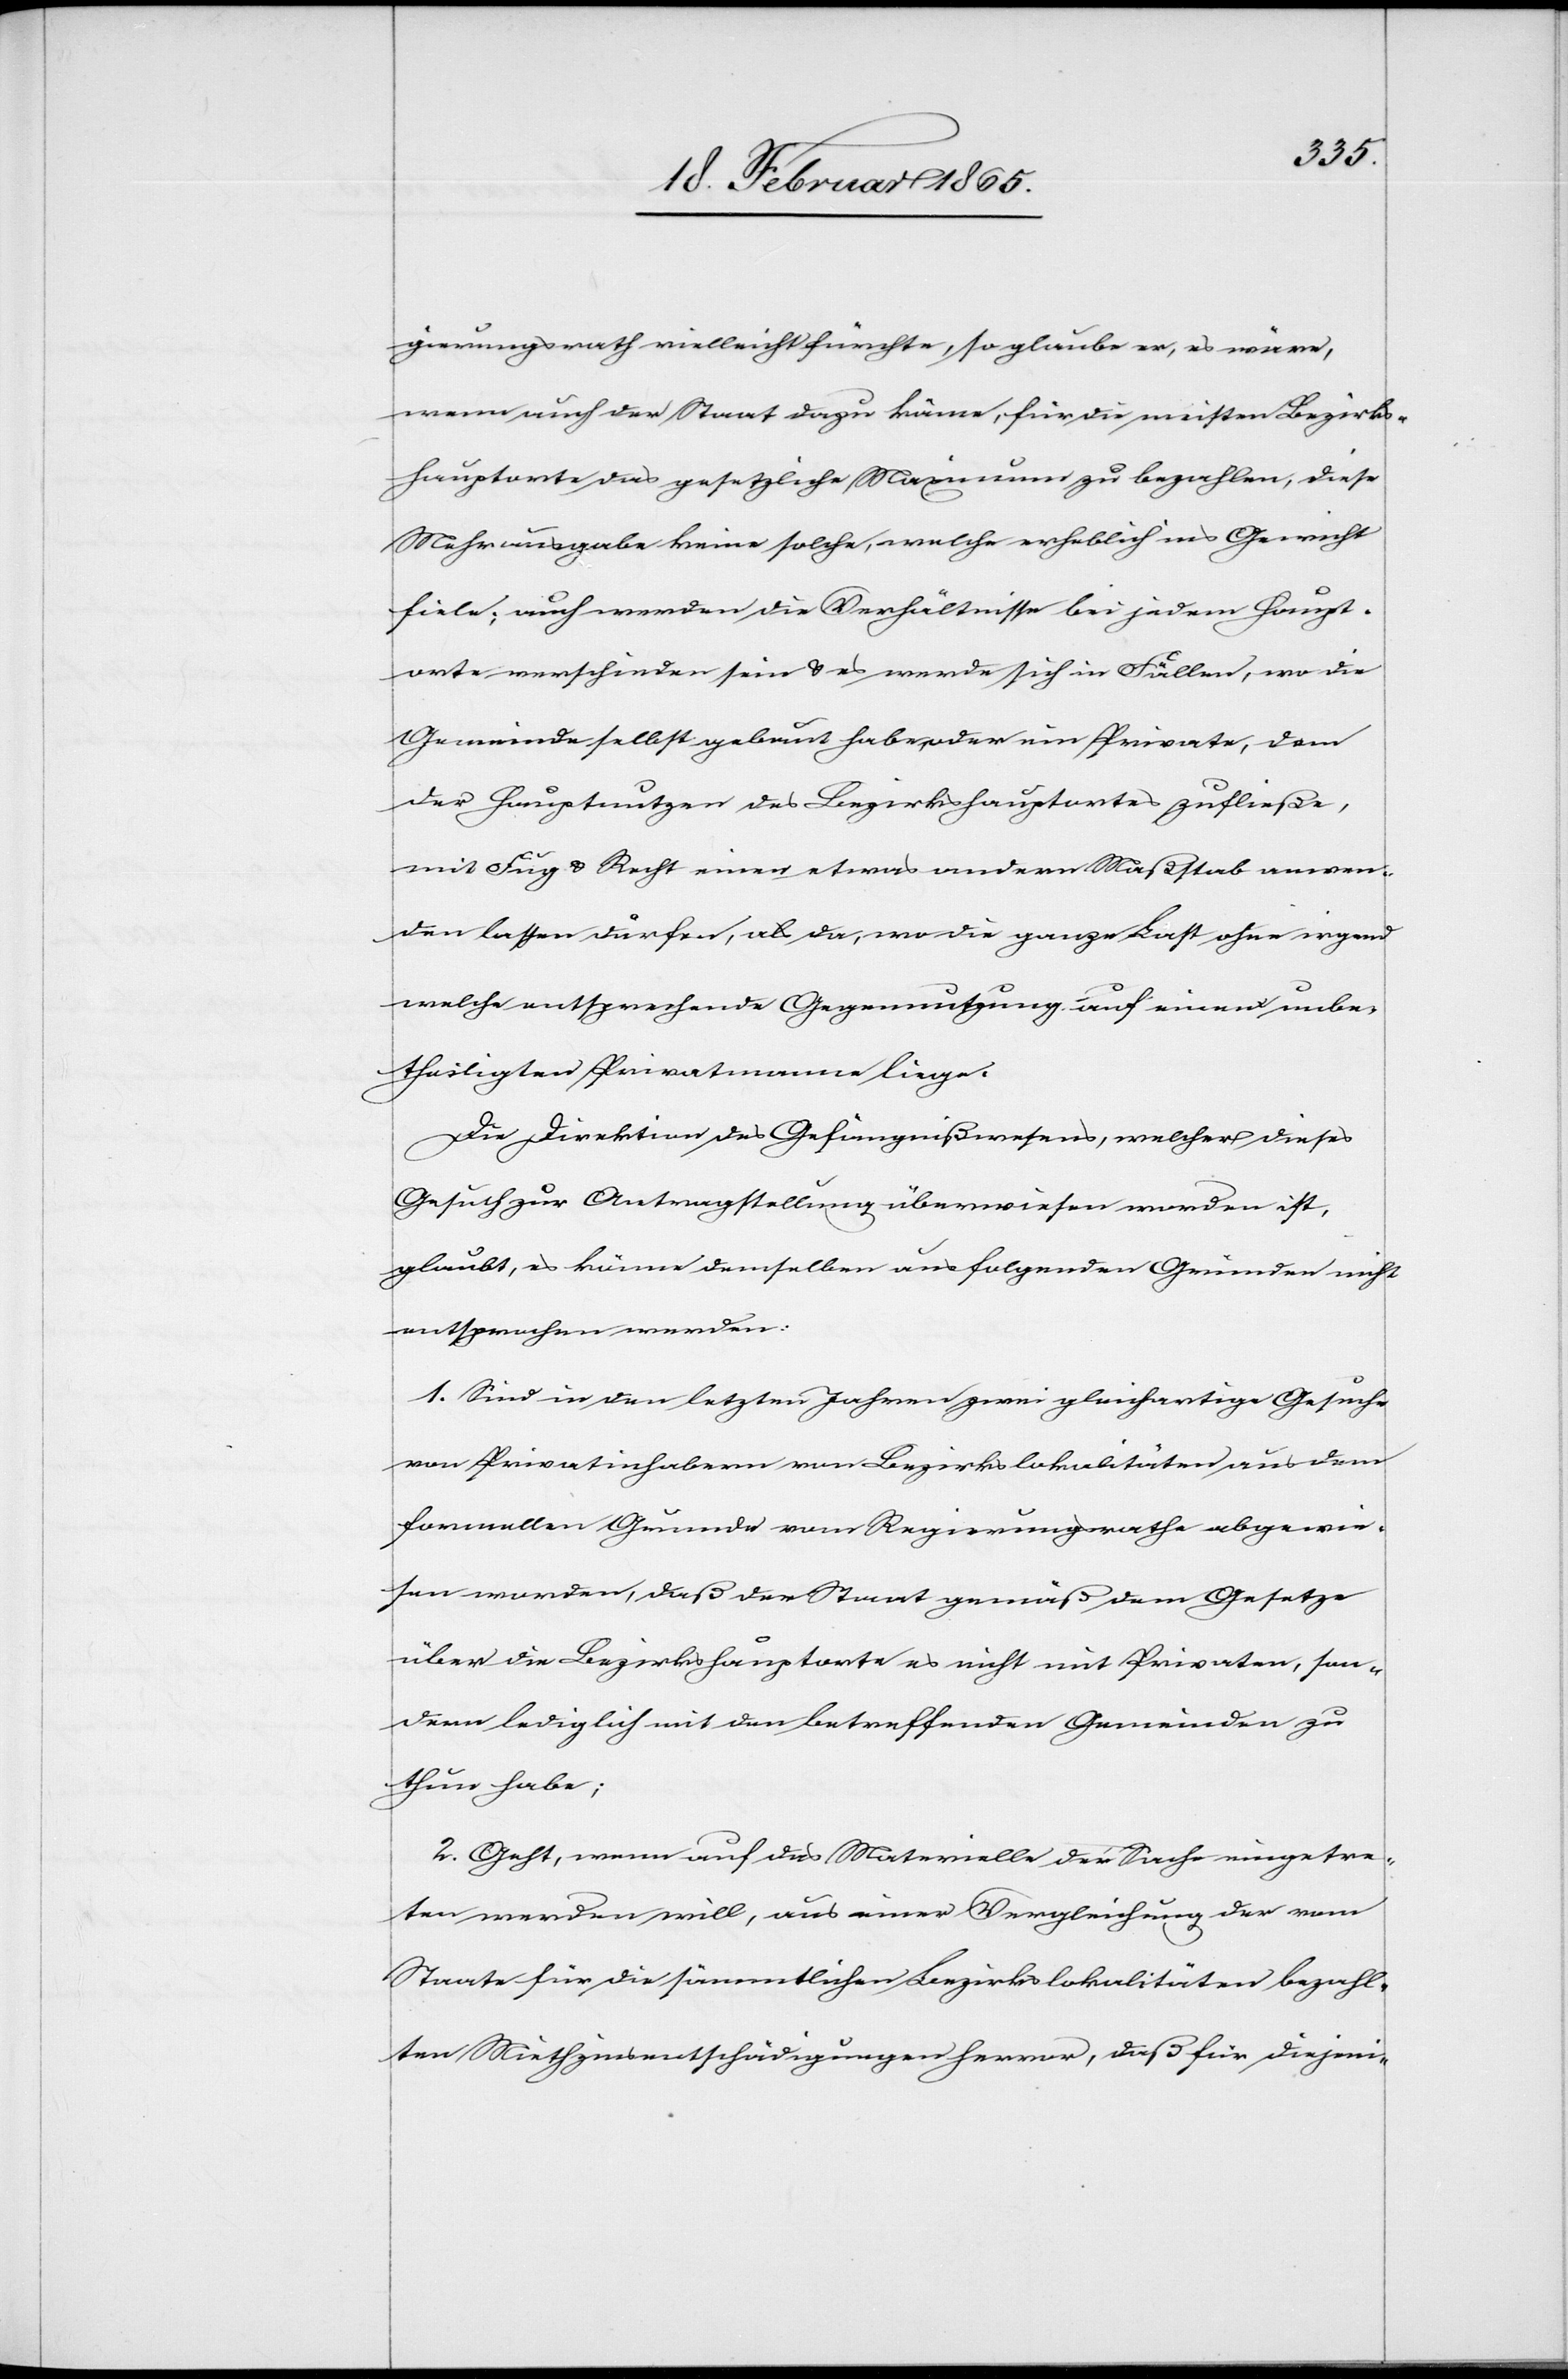
gierungsrath vielleicht fürchte, so glaube er, es wäre,
wenn auch der Staat dazu käme, für die meisten Bezirks¬
hauptorte das gesetzliche Maximum zu bezahlen, diese
Mehrausgabe keine solche, welche erheblich ins Gewicht
fiele; auch werden die Verhältnisse bei jedem Haupt¬
orte verschieden sein u. es werde sich in Fällen, wo die
Gemeinde selbst gebaut habe, oder ein Private[r], dem
der Hauptnutzen des Bezirkshauptortes zufließe,
mit Fug u. Recht einen etwas andern Maßstab anwen¬
den lassen dürfen, als da, wo die ganze Last ohne irgend
welche entsprechende Gegennutzung auf einem unbe¬
theiligten Privatmanne liege.
Die Direktion des Gefängnißwesens, welcher dieses
Gesuch zur Antragstellung überwiesen worden ist,
glaubt, es könne demselben aus folgenden Gründen nicht
entsprochen werden:
1. Sind in den letzten Jahren zwei gleichartige Gesuche
von Privatinhabern von Bezirkslokalitäten aus dem
formellen Grunde vom Regierungsrathe abgewie¬
sen worden, daß der Staat gemäß dem Gesetze
über die Bezirkshauptorte es nicht mit Privaten, son¬
dern lediglich mit den betreffenden Gemeinden zu
thun habe;
2. Geht, wenn auf das Materielle der Sache eingetre¬
ten werden will, aus einer Vergleichung der vom
Staate für die sämmtlichen Bezirkslokalitäten bezahl¬
ten Miethzinsentschädigungen hervor, daß für diejeni-